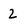
Character: 2